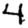
Digit: 4